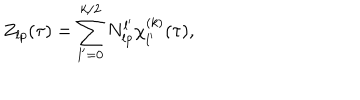
Z _ { l p } ( \tau ) = \sum _ { l ^ { \prime } = 0 } ^ { k / 2 } N _ { l p } ^ { l ^ { \prime } } \chi _ { l ^ { \prime } } ^ { ( k ) } ( \tau ) ,